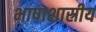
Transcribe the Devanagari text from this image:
भाषाशास्रीय